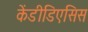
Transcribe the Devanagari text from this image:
केंडीडिएसिस